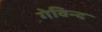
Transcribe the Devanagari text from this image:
गेविन्द